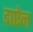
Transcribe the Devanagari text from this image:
डाऐन